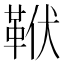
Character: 𩊙